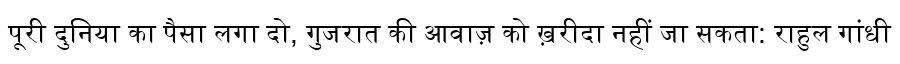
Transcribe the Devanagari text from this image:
पूरी दुनिया का पैसा लगा दो, गुजरात की आवाज़ को ख़रीदा नहीं जा सकता: राहुल गांधी